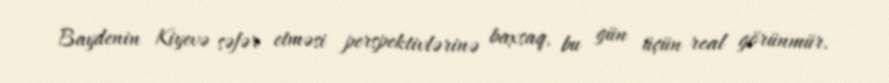
Baydenin Kiyevə səfər etməsi perspektivlərinə baxsaq, bu gün üçün real görünmür.